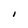
Character: I